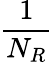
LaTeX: \frac{1}{N_{R}}